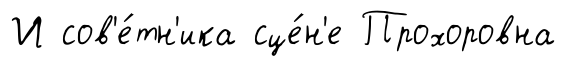
И сов'е́тн'ика сце́н'е Прохоровна